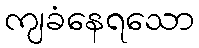
ကျခံနေရသော